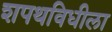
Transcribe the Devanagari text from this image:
शपथविधीला